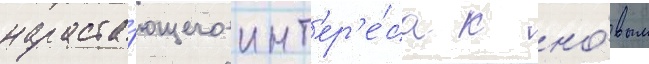
нараста́ющего инт'ер'е́са к но́вым